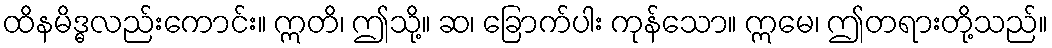
ထိနမိဒ္ဓလည်းကောင်း။ ဣတိ၊ ဤသို့။ ဆ၊ ခြောက်ပါး ကုန်သော။ ဣမေ၊ ဤတရားတို့သည်။